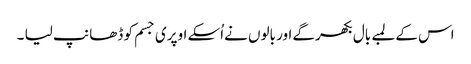
اس کے لمبے بال بکھرگے اور بالوں نےاُسکے اوپری جسم کو ڈھانپ لیا ۔